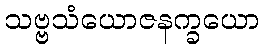
သဗ္ဗသံယောဇနက္ခယော